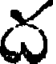
ద